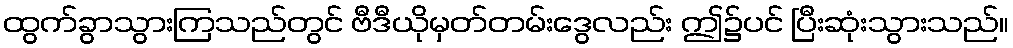
ထွက်ခွာသွားကြသည်တွင် ဗီဒီယိုမှတ်တမ်းဒွေလည်း ဤ၌ပင် ပြီးဆုံးသွားသည်။